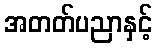
အတတ်ပညာနှင့်